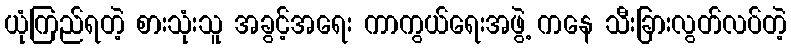
ယုံကြည်ရတဲ့ စားသုံးသူ အခွင့်အရေး ကာကွယ်ရေးအဖွဲ့ ကနေ သီးခြားလွတ်လပ်တဲ့